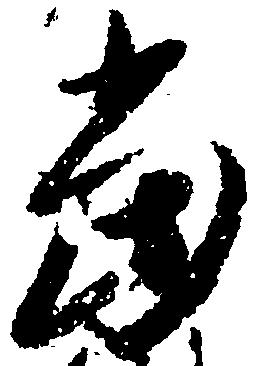
当